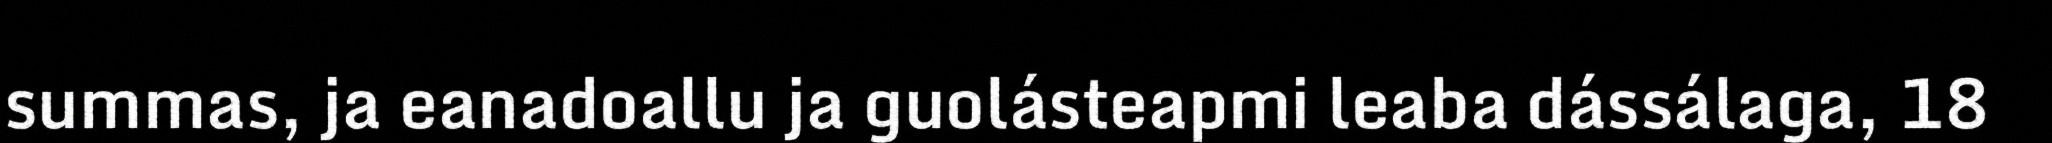
summas, ja eanadoallu ja guolásteapmi leaba dássálaga, 18